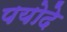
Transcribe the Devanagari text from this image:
पयोदे